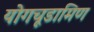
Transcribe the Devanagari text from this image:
योगचूडामिण